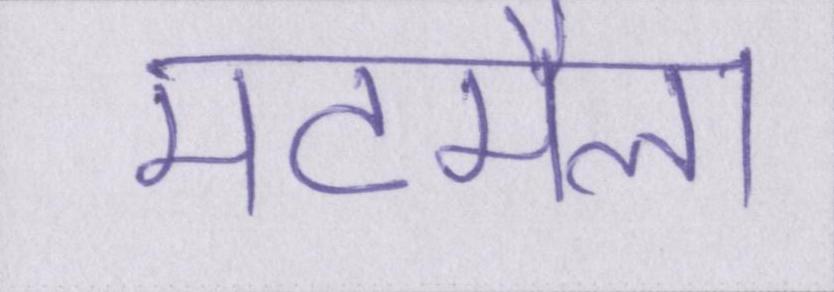
मटमैला